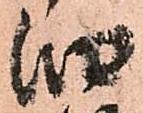
納